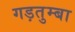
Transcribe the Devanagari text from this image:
गड़तुम्बा